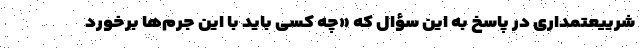
شرییعتمداری در پاسخ به این سؤال که «چه کسی باید با این جرم‌ها برخورد